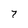
Character: 7